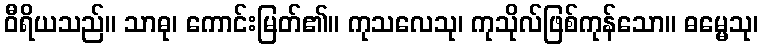
ဝီရိယသည်။ သာဓု၊ ကောင်းမြတ်၏။ ကုသလေသု၊ ကုသိုလ်ဖြစ်ကုန်သော။ ဓမ္မေသု၊